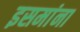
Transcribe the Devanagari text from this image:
इसमांना